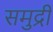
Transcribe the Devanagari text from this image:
समुद्रीं